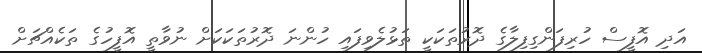
އަދި އޮފީސް ހުރިފަންގިފިލާގެ ދޮރުތަކަކީ ތަޅުލެވިފައި ހުންނަ ދޮރުތަކަކަށް ނުވާތީ އޮފީހުގެ ތަކެއްޗަށް